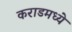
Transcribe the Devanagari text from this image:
कराडमध्ये